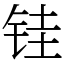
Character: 𫓯